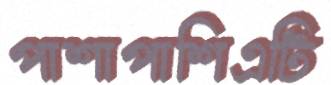
পাশাপাশিএটি